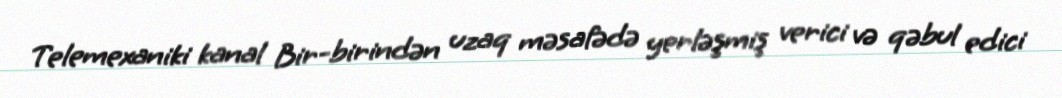
Telemexaniki kanal Bir-birindən uzaq məsafədə yerləşmiş verici və qəbul edici